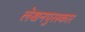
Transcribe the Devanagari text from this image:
लेखनपुरस्कार